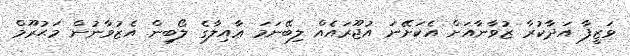
ވަޒީފާ އަދާކުރާ ޒުވާނާއަށް އެކަށޭނަ އުޖޫރައެއް ލިބޭނަމަ ޢާއިލާގެ ލޯބިން އެޒުވާނުން މަޙުރޫމް